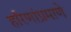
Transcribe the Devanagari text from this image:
हरिणांप्रमाणे